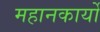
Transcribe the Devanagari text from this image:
महानकार्यो